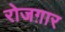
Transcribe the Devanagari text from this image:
रोजग़ार